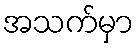
အသက်မှာ